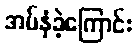
အပ်နှံခဲ့ကြောင်း